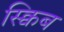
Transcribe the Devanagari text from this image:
स्क्विब